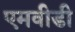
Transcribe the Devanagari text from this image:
एमवीडी